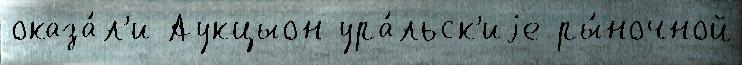
оказа́л'и Аукцыон ура́льск'иjе ры́ночной